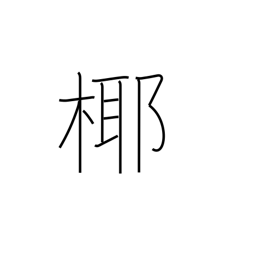
Meaning: coconut tree